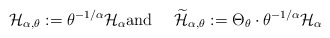
\begin{align*}\mathcal{H}_{\alpha,\theta}:=\theta^{-1/\alpha}\mathcal{H}_{\alpha}\text{and \quad}\widetilde{\mathcal{H}}_{\alpha,\theta}:=\Theta_{\theta}\cdot\theta^{-1/\alpha}\mathcal{H}_{\alpha}\end{align*}